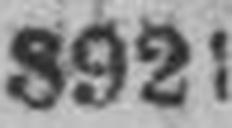
8921